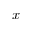
x